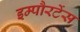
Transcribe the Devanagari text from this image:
इम्पौरटेंस